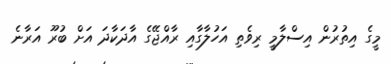
މީގެ އިތުރުން އިސްލާމީ ރިވެތި އަހުލާގާއި ރާއްޖޭގެ އާދަކާދަ އަށް ބުރޫ އަރާނެ